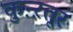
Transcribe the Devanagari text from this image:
कुऩ्ऱत्तूर